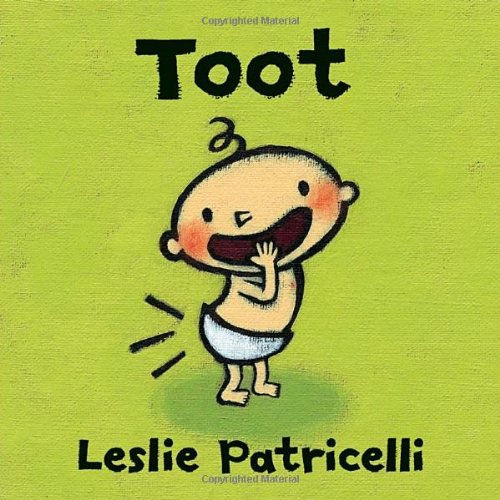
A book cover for Toot (Leslie Patricelli board books); Leslie Patricelli; Children's Books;